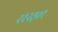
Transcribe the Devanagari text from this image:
२१२३०१